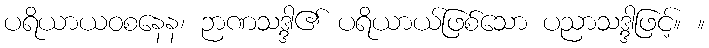
ပရိယာယဝစနေန၊ ဉာဏသဒ္ဒါ၏ ပရိယာယ်ဖြစ်သော ပညာသဒ္ဒါဖြင့်။ ။